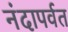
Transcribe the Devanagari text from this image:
नंदापर्वत